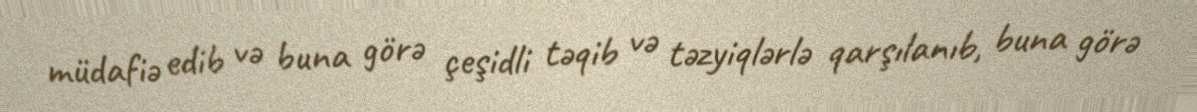
müdafiə edib və buna görə çeşidli təqib və təzyiqlərlə qarşılanıb, buna görə